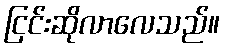
ငြင်းဆိုလာလေသည်။